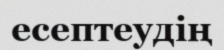
есептеудің